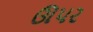
ઊપર